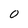
Character: 0